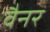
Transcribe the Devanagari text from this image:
वैनर